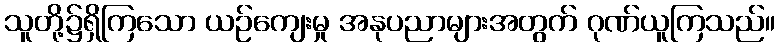
သူတို့၌ရှိကြသော ယဉ်ကျေးမှု အနုပညာများအတွက် ဂုဏ်ယူကြသည်။